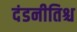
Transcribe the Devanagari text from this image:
दंडनीतिश्च